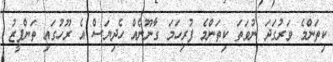
ކިތަންމެ ވަރުގަދަ ނުވަތަ ކިތަންމެ ފުރިހަމަ ގާނޫނެއް ހެދިޔަސް އެ ރޫހުގައި ތަންފީޒު